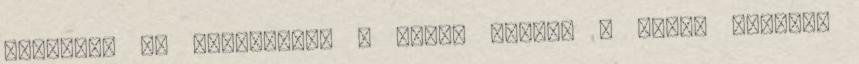
Nagyböjt 3. vasárnapja A héten reggel ½ 8-tól lesznek